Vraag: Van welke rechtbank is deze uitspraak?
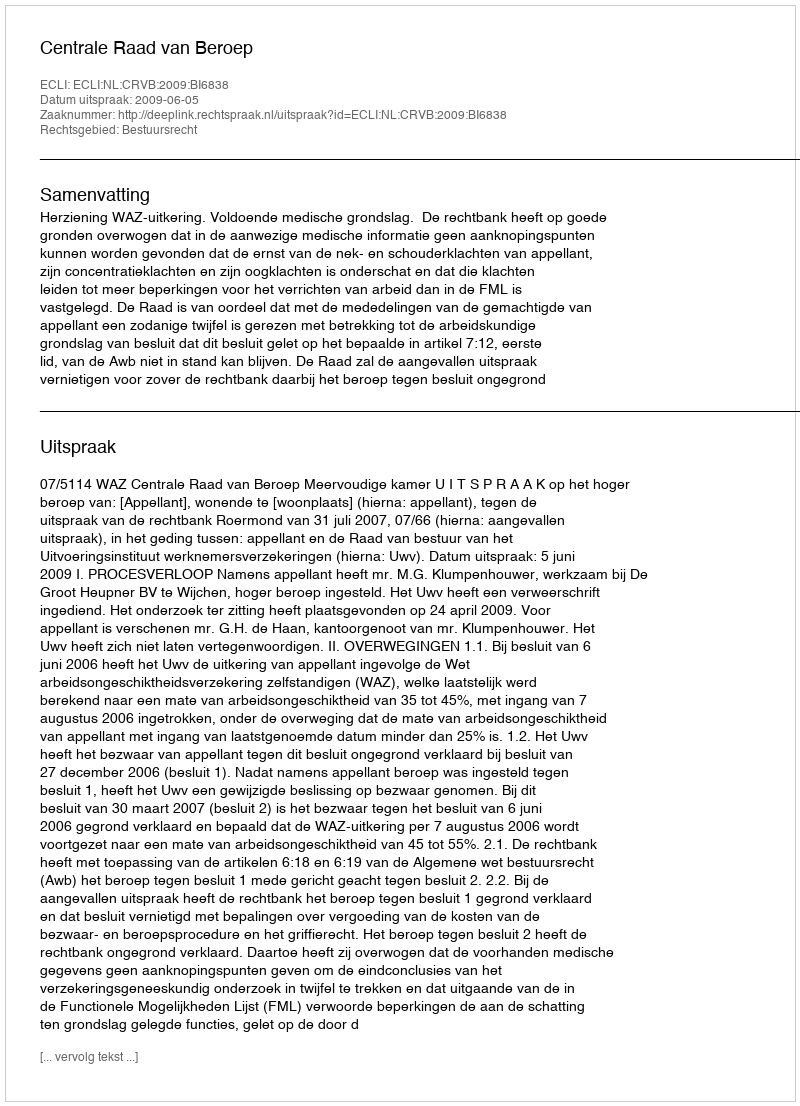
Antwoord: Centrale Raad van Beroep